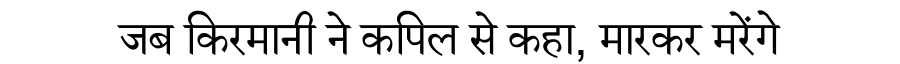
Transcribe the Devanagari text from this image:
जब किरमानी ने कपिल से कहा, मारकर मरेंगे